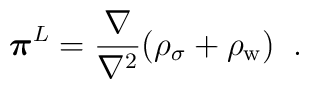
\mbox{\boldmath $\pi$}^L=\frac{\bf \nabla \rm}{\bf \nabla \rm^2}   (\rho_\sigma+\rho_{\rm w})\; \; .